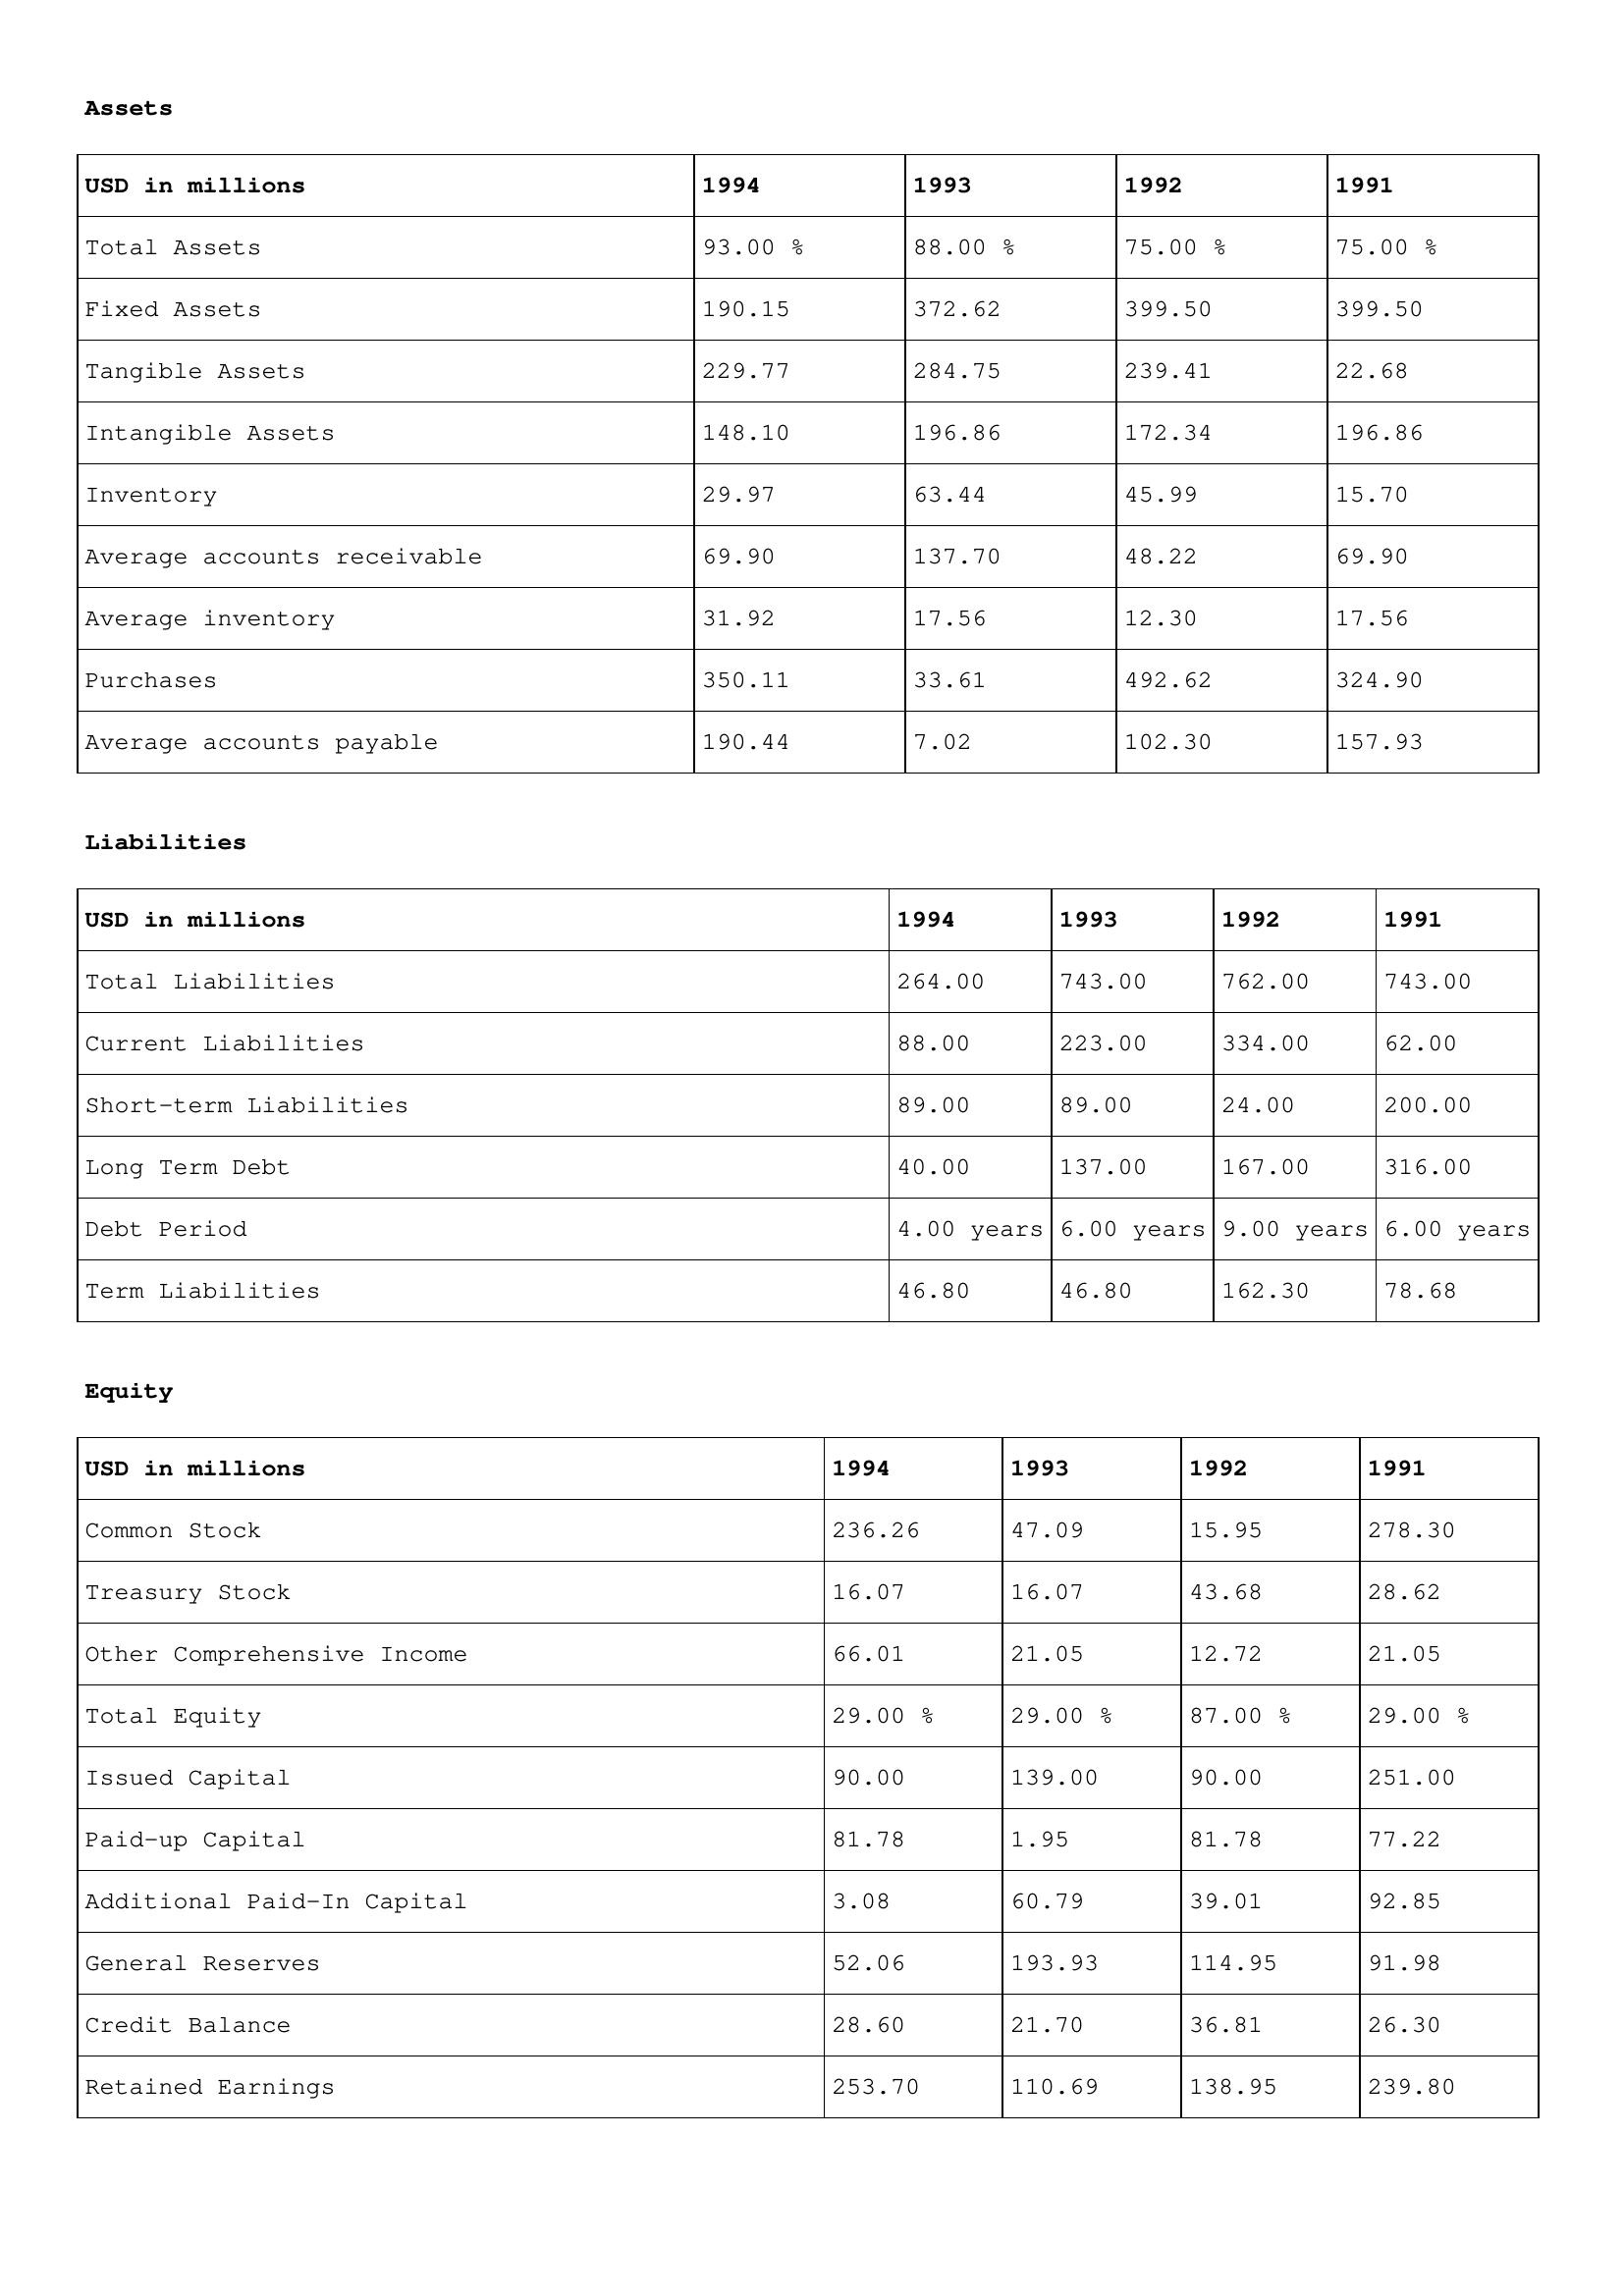
gt_parse: 1994: Assets: Total Assets: 93.00 %
Fixed Assets: 190.15
Tangible Assets: 229.77
Intangible Assets: 148.10
Inventory: 29.97
Average accounts receivable: 69.90
Average inventory: 31.92
Purchases: 350.11
Average accounts payable: 190.44
Liabilities: Total Liabilities: 264.00
Current Liabilities: 88.00
Short-term Liabilities: 89.00
Long Term Debt: 40.00
Debt Period: 4.00 years
Term Liabilities: 46.80
Equity: Common Stock: 236.26
Treasury Stock: 16.07
Other Comprehensive Income: 66.01
Total Equity: 29.00 %
Issued Capital: 90.00
Paid-up Capital: 81.78
Additional Paid-In Capital: 3.08
General Reserves: 52.06
Credit Balance: 28.60
Retained Earnings: 253.70
1993: Assets: Total Assets: 88.00 %
Fixed Assets: 372.62
Tangible Assets: 284.75
Intangible Assets: 196.86
Inventory: 63.44
Average accounts receivable: 137.70
Average inventory: 17.56
Purchases: 33.61
Average accounts payable: 7.02
Liabilities: Total Liabilities: 743.00
Current Liabilities: 223.00
Short-term Liabilities: 89.00
Long Term Debt: 137.00
Debt Period: 6.00 years
Term Liabilities: 46.80
Equity: Common Stock: 47.09
Treasury Stock: 16.07
Other Comprehensive Income: 21.05
Total Equity: 29.00 %
Issued Capital: 139.00
Paid-up Capital: 1.95
Additional Paid-In Capital: 60.79
General Reserves: 193.93
Credit Balance: 21.70
Retained Earnings: 110.69
1992: Assets: Total Assets: 75.00 %
Fixed Assets: 399.50
Tangible Assets: 239.41
Intangible Assets: 172.34
Inventory: 45.99
Average accounts receivable: 48.22
Average inventory: 12.30
Purchases: 492.62
Average accounts payable: 102.30
Liabilities: Total Liabilities: 762.00
Current Liabilities: 334.00
Short-term Liabilities: 24.00
Long Term Debt: 167.00
Debt Period: 9.00 years
Term Liabilities: 162.30
Equity: Common Stock: 15.95
Treasury Stock: 43.68
Other Comprehensive Income: 12.72
Total Equity: 87.00 %
Issued Capital: 90.00
Paid-up Capital: 81.78
Additional Paid-In Capital: 39.01
General Reserves: 114.95
Credit Balance: 36.81
Retained Earnings: 138.95
1991: Assets: Total Assets: 75.00 %
Fixed Assets: 399.50
Tangible Assets: 22.68
Intangible Assets: 196.86
Inventory: 15.70
Average accounts receivable: 69.90
Average inventory: 17.56
Purchases: 324.90
Average accounts payable: 157.93
Liabilities: Total Liabilities: 743.00
Current Liabilities: 62.00
Short-term Liabilities: 200.00
Long Term Debt: 316.00
Debt Period: 6.00 years
Term Liabilities: 78.68
Equity: Common Stock: 278.30
Treasury Stock: 28.62
Other Comprehensive Income: 21.05
Total Equity: 29.00 %
Issued Capital: 251.00
Paid-up Capital: 77.22
Additional Paid-In Capital: 92.85
General Reserves: 91.98
Credit Balance: 26.30
Retained Earnings: 239.80